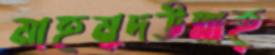
মাহমুদউল্লাহ্